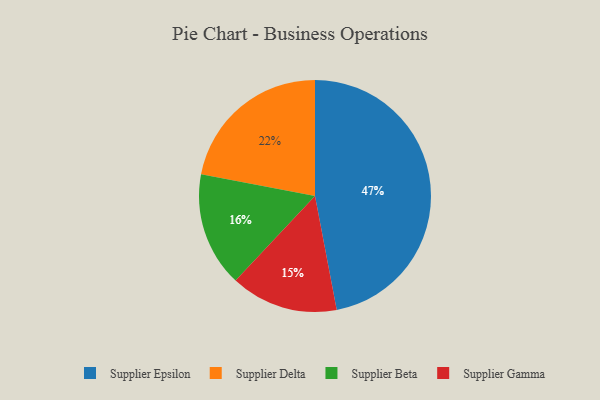
{"axis": {"x": "Category", "y": "Percentage"}, "legend": ["Supplier Beta", "Supplier Delta", "Supplier Epsilon", "Supplier Gamma"], "data": [{"x": "Supplier Beta", "y": 16, "type": "Supplier Beta"}, {"x": "Supplier Epsilon", "y": 47, "type": "Supplier Epsilon"}, {"x": "Supplier Gamma", "y": 15, "type": "Supplier Gamma"}, {"x": "Supplier Delta", "y": 22, "type": "Supplier Delta"}]}